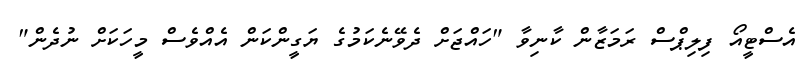
އެސްޓީއޯ ފިލިޕްސް ރަމަޒާން ކާނިވާ "ހައްޖަށް ދެވޭނެކަމުގެ ޔަގީންކަން އެއްވެސް މީހަކަށް ނުދެން"